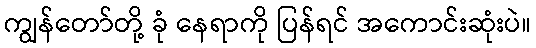
ကျွန်တော်တို့ ခုံ နေရာကို ပြန်ရင် အကောင်းဆုံးပဲ။